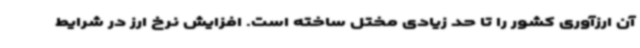
آن ارزآوری کشور را تا حد زیادی مختل ساخته است. افزایش نرخ ارز در شرایط